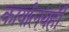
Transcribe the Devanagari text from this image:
कार्यालयही